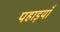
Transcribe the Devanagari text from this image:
पहाड़याँ